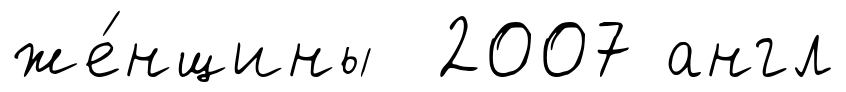
же́нщины 2007 англ